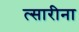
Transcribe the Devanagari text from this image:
त्सारीना